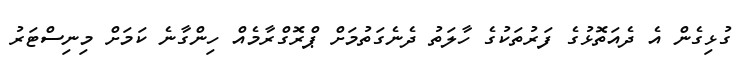
ގުޅިގެން އެ ދެއަތޮޅުގެ ފަރުތަކުގެ ހާލަތު ދެނެގަތުމަށް ޕްރޮގްރާމެއް ހިންގާނެ ކަމަށް މިނިސްޓަރު